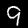
Label: 9